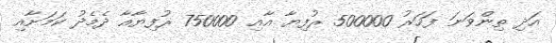
އަދި ތިންވަނަ ފަހަރު 500000 ރުފިޔާ އާއި 750000 ރުފިޔާއާ ދެމެދު ކަމަށާއި